Annual report on the health of the army in India
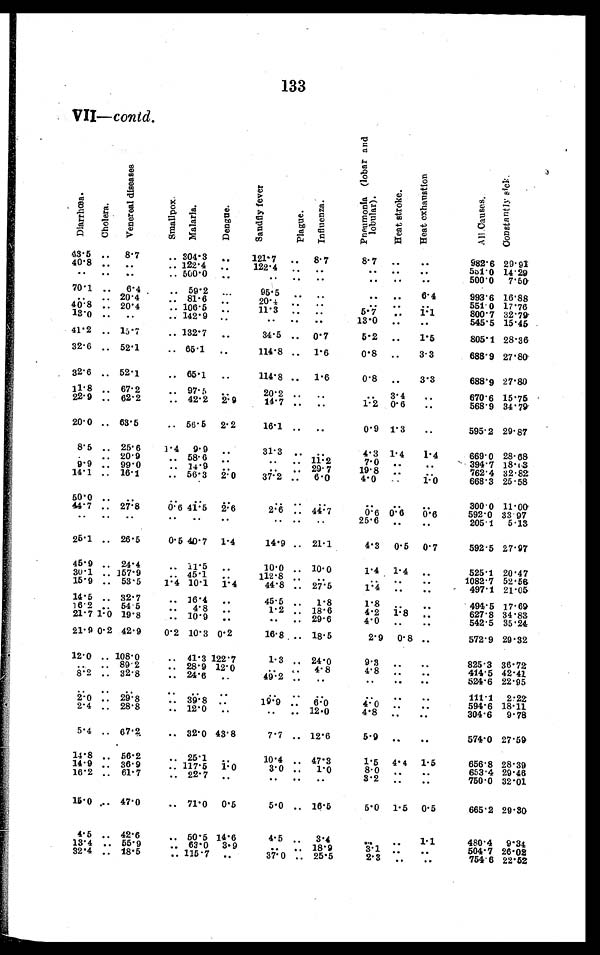
133
VII—contd.
D i a r r h œ a .
C h o l e r a .
V e n e r e a l d i s e a s e s
S m a l l p o x . .
M a l a r l a . De n g u e .
S a n d f l y f e v e r
P l a g u e . I n f l u e n z a .
P n e u m o n f a ( l o b a r a n d l o b u l a r ) .
H e a t s t r o k e .
H e a t e x h a u s t i o n
A l l C a u s e s .
C o n s t a n t l y s i c k .
43.5 . . . 8.7
. . . 304.3 . . . 121.7 . . . 8.7
8.7 . . . . . .
982.6 29.91
40.8
122.4
. . . . . .
. . .
. . . 122.4 . . . . . .
. . . . . . . . .
551.0 14.29
. . .
. . . . . .
. . . 500.0 . . .
. . . . . . . . .
. . . . . . . . .
500.0 7.50
70.1 . . . 6.4
. . . 59.2 . . .
95.5 . . . . . .
. . . . . . 6.4
993.6 16.88
81.6
. . .
. . . 20.4
. . .
. . .
20.1
551.0 17.76
. . . . . .
. . . . . . . . .
40.8
106.5
. . . 20.4
. . .
. . .
11.3 . . . . . .
5.7 . . . 1.1
800.7 32.79
13.0
142.9
13.0
545.5 15.45
. . . . . .
. . .
. . .
. . . . . .
.. ..
41.2 . . . 15.7
. . . 132.7 . . .
34.5 . . . 0.7
5.2 . . . 1.5
805.1 28.36
32.6 . . . 52.1
. . . 65.1 . . .
114.8 . . . 1.6
0.8 . . . 3.3
688.9 27.80
32.6 . . . 52.1
. . . 65.1 . . .
114.8 . . . 1.6
0.8 . . . 3.3
688.9 27.80
11.8 . . . 67.2
. . . 97.5 . . .
20.2 . . .
. . .
. . . 3.4
. . .
670.6 15.75
22.9
62.2
42.2 2.9
14.7 . . .
. . .
1.2 0.6
. . .
568.9 34.79
. . .
. . .
20.0 . . . 63.5
. . . 56.5 2.2
16.1 . . .
. . .
0.9 1.3
. . .
595.2 29.87
8.5 . . . 25.6
1.4 9.9 . . .
31.3 . . .
. . .
4.3 1.4 1.4
669.0 28.68
20.9
. . .
58.6
. . .
. . .
. . .
. . .
. . . 11.2
7.0
. . .
. . . -394.7 18.03
9 9 . 0 . .
14.9
29.7
19.8
. . .
. . .
. . .
. . .
. . .
. . .
. . .
762.4 32.82
9.9
16.1
56.3
37.2
6.0
14.1
2.0
4.0
. . .
. . .
. . .
. . . 1.0
668.3 25.58
50.0 . . .
. . .
. . .
. . .
. . .
. . . . . . . . .
. . . . . . . . . 300.0 11.00
44.7 . . . 27.8
0.6 41.5
2 . 6
2.6 . . . 44.7
0.6 0.6
592.0 33.97
0.6
. . . . . .
. . .
. . .
. . . . . .
. . . . . .
. . .
25.6 . . .. . .
205.1 5.13
25.1 . . . 26.5
0.5 40.7 1.4
14.9 . . . 21.1
4.3 0.5 0.7
592.5 27.97
45.9 . . . 24.4
. . . 11.5 . . .
10.0 . . . 10. 0
1.4 1.4
. . .
525.1 20.47
30.1 . . . 157.9
. . . 45.1 . . .
112.8 . . . . . .
. . .
. . .
1082.7 52.56
. . .
15.9 . . . 53.5 1.4 10. 1 1.4
44.8 . . . 27.5
1.4
. . .
. . .
497.1 21.05
14.5 . . . 32.7
. . . 16.4 . . .
45.5 . . . 1.8
1.8
. . .
. . .
494.5 17.69
16.2 . . . 54.5
. . . 4.8 . . .
1.2 . . . 18.6
4.2
627.8 34.83
1.8
. . .
21.7
19.8
1.0
. . . 10.9 . . .
. . .
. . . 29.6
4.0 . . .
542.5 35.24
. . .
21.9 0.2 42.9 0.2 10.3 0.2
16.8 . . . 18.5
2.9 0.8 . . .
572.9 29.32
12.0 . . . 108.0
. . . 41.3 122.7
1.3 . . . 24.0
9.3
. . .
. . .
825.3 36.72
. . . 28.9 12.0
. . .
. . . 4.8
4.8
414.5 42.41
. . . . . .
. . . .
. . . .
32.8
8.2 . . .
. . . 24.6 . . .
49.2 . . . . . .
. . . . . .. . .
524.6 22.95
. . . . . .
. . .
. . . . . . . . . . . .
. . . . . .
. . .
. . .
. . .
111.1 2.22
2.0 . . . . . 29.8
. . . . 39.8 . . .
. . . 6.0
. . .
19.9
594.6
4.0
18.11
. . .
. . . 28.8
. . . 12.0 . . .
. . .
2.4
12.0
4.8
9.78
304.6
. . .
. . .
. . .
5.4 . . . 67.2
. . . 32.0 43.8
7.7 . . . 12.6
5.9
. . .
. . .
574.0 27.59
14.8 . . . 56.2
. . . 25.1 . . .
10.4 . . . 47.3
1.5 4.4 1.5
656.8 28.39
14.9 . . . 36.9
. . . 117.5 1.0
3.0 . . . 1.0
29.46
8.0 . . .
. . .
653.4
61.7
16.2
22.7
32.01
. . .
. . .
. . .
. . .
. . . . . .
3.2
. . .
. . .
750.0
15.0 . . . 47.0
. . . 71.0 0.5
5.0 . . . 16.5
5 . 0 1.5 0.5
665.2 29.30
4.5 . . . 42.6
. . . 50.5 14.6
4.5 . . . 3.4
. . .
. . . 1.1
480.4 9.34
13.4 . . . 55.9
. . . 63.0 3. 9
. . .
. . . 18.9
. . .
504.7 26.02
3 . 1 . . .
32.4
115.7
37.0
25.5
754.6
. . . 18.5
. . .
. . .
. . .
2.3
. . .
. . .
22.52